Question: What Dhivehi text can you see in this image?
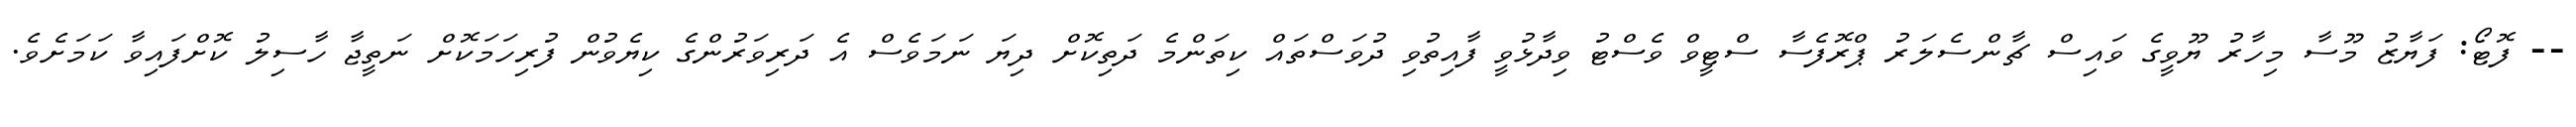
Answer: -- ފޮޓޯ: ފަޔާޒު މޫސާ މިހާރު ޔޫވީގެ ވައިސް ޗާންސެލަރު ޕްރޮފެސާ ސްޓީވް ވެސްޓު ވިދާޅުވީ ފާއިތުވި ދުވަސްތައް ކިތަންމެ ދަތިކޮށް ދިޔަ ނަމަވެސް އެ ދަރިވަރުންގެ ކިޔެވުން ފުރިހަމަކޮށް ނަތީޖާ ހާސިލު ކޮށްފައިވާ ކަމަށެވެ.